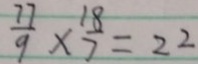
\frac { 7 7 } { 9 } \times \frac { 1 8 } { 7 } = 2 2